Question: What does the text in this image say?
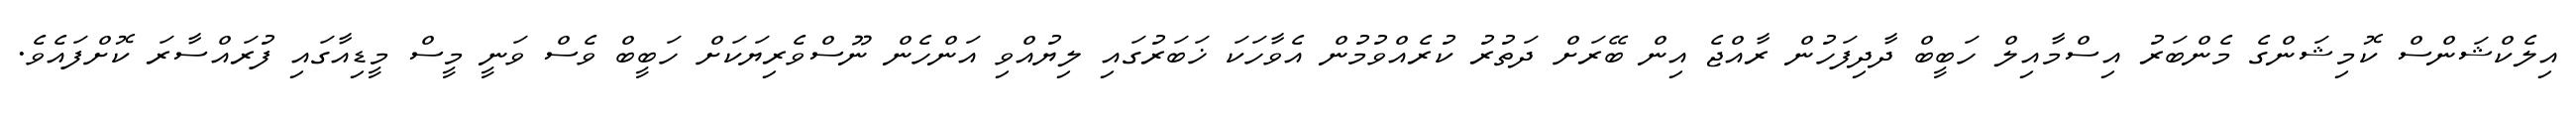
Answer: އިލެކްޝަންސް ކޮމިޝަންގެ މެންބަރު އިސްމާއިލް ހަބީބް ދާދިފަހުން ރާއްޖެ އިން ބޭރަށް ދަތުރު ކުރެއްވުމުން އެވާހަކަ ޚަބަރުގައި ލިޔުއްވި އަންހެން ނޫސްވެރިޔަކަށް ހަބީބް ވެސް ވަނީ މީސް މީޑިއާގައި ފުރައްސާރަ ކޮށްފައެވެ.